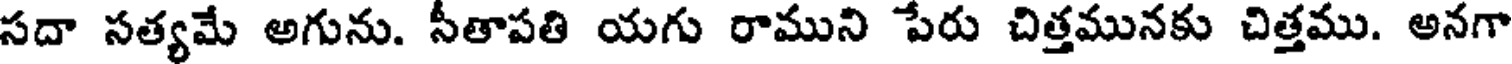
సదా సత్యమే అగును. సీతాపతి యగు రాముని పేరు చిత్తమునకు చిత్తము. అనగా